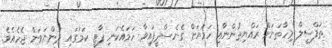
ތަފްސީލް މިހާތަނަށް ރައްޔިތުންނާއި ހަމަޔަށް ގެނެސްދީފައިވާ ހަމައެކަނި ޕާޓީ ކަމުގައި ދަންނަވަން ޖެހެއެވެ.